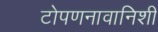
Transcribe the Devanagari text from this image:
टोपणनावानिशी